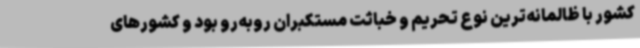
کشور با ظالمانه‌ترین نوع تحریم و خباثت مستکبران روبه‌رو بود و کشورهای